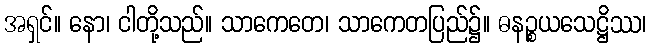
အရှင်။ နော၊ ငါတို့သည်။ သာကေတေ၊ သာကေတပြည်၌။ ဓနဉ္စယသေဋ္ဌိဿ၊